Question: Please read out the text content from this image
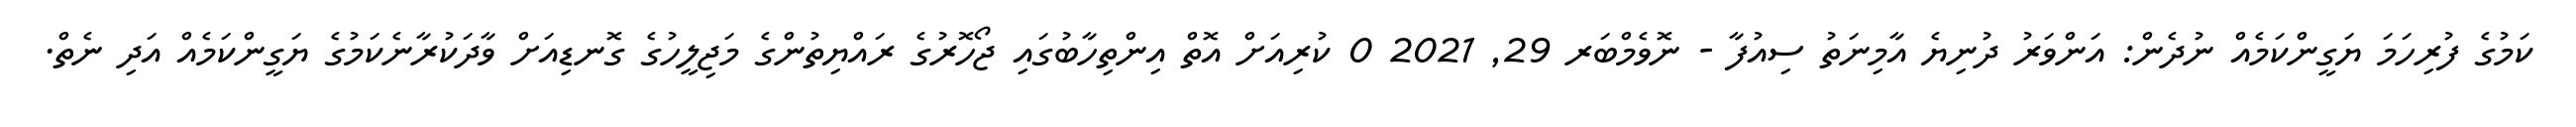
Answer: ކަމުގެ ފުރިހަމަ ޔަގީންކަމެއް ނުދެން: އަންވަރު ދުނިޔެ އާމިނަތު ސިއުފާ - ނޮވެމްބަރ 29, 2021 0 ކުރިއަށް އޮތް އިންތިހާބުގައި ޖޯހޮރުގެ ރައްޔިތުންގެ މަޖިލީހުގެ ގޮނޑިއަށް ވާދަކުރާނެކަމުގެ ޔަގީންކަމެއް އަދި ނެތް.